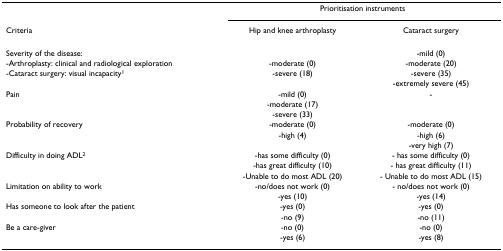
<table><thead><tr><td></td><td colspan="2"><b>Prioritisation instruments</b></td></tr><tr><td><b>Criteria</b></td><td><b>Hip and knee arthroplasty</b></td><td><b>Cataract surgery</b></td></tr></thead><tbody><tr><td>Severity of the disease:</td><td></td><td>-mild (0)</td></tr><tr><td>-Arthroplasty: clinical and radiological exploration</td><td>-moderate (0)</td><td>-moderate (20)</td></tr><tr><td>-Cataract surgery: visual incapacity<sup>1</sup></td><td>-severe (18)</td><td>-severe (35)</td></tr><tr><td></td><td></td><td>-extremely severe (45)</td></tr><tr><td>Pain</td><td>-mild (0)</td><td>-</td></tr><tr><td></td><td>-moderate (17)</td><td></td></tr><tr><td></td><td>-severe (33)</td><td></td></tr><tr><td>Probability of recovery</td><td>-moderate (0)</td><td>-moderate (0)</td></tr><tr><td></td><td>-high (4)</td><td>-high (6)</td></tr><tr><td></td><td></td><td>-very high (7)</td></tr><tr><td>Difficulty in doing ADL<sup>2</sup></td><td>-has some difficulty (0)</td><td>- has some difficulty (0)</td></tr><tr><td></td><td>-has great difficulty (10)</td><td>- has great difficulty (11)</td></tr><tr><td></td><td>-Unable to do most ADL (20)</td><td>- Unable to do most ADL (15)</td></tr><tr><td>Limitation on ability to work</td><td>-no/does not work (0)</td><td>- no/does not work (0)</td></tr><tr><td></td><td>-yes (10)</td><td>-yes (14)</td></tr><tr><td>Has someone to look after the patient</td><td>-yes (0)</td><td>-yes (0)</td></tr><tr><td></td><td>-no (9)</td><td>-no (11)</td></tr><tr><td>Be a care-giver</td><td>-no (0)</td><td>-no (0)</td></tr><tr><td></td><td>-yes (6)</td><td>-yes (8)</td></tr></tbody></table>